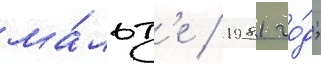
ма́льт'е / 1981 го́д;